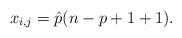
LaTeX: \begin{align*}x_{i,j}=\hat{p}(n-p+1+1). \end{align*}